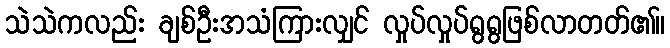
သဲသဲကလည်း ချစ်ဦးအသံကြားလျှင် လှုပ်လှုပ်ရွရွဖြစ်လာတတ်၏။